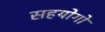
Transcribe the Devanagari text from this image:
सहयोगो